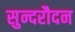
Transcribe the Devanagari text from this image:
सुन्दरौदन